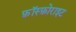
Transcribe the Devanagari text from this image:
फ़ॉस्फ़ोराइट